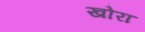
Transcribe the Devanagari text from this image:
खोरा